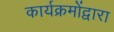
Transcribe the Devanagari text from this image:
कार्यक्रमोंद्वारा